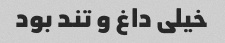
خیلی داغ و تند بود